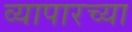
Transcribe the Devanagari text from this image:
व्यापारच्या